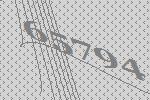
65794